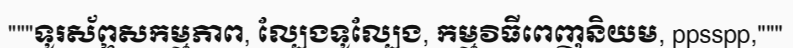
"""ទូរស័ព្ទសកម្មភាព, ល្បែងទូល្បែង, កម្មវិធីពេញនិយម, ppsspp,"""